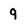
Character: 9